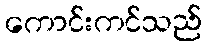
ကောင်းကင်သည်